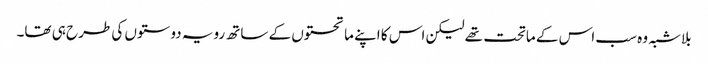
بلاشبہ وہ سب اس کے ماتحت تھے لیکن اس کا اپنے ماتحتوں کے ساتھ رویہ دوستوں کی طرح ہی تھا۔